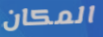
المكان